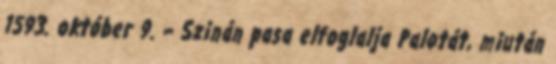
1593. október 9. – Szinán pasa elfoglalja Palotát, miután